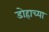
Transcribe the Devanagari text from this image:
डोहाच्या